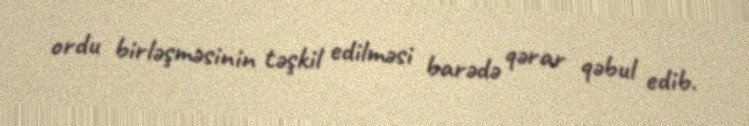
ordu birləşməsinin təşkil edilməsi barədə qərar qəbul edib.